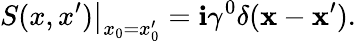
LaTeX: \left.S(x,x^{\prime})\right|_{x_{0}=x_{0}^{\prime}}=\mathbf{i}\gamma^{0}\delta({\mathbf{x}}-{\mathbf{x}}^{\prime}).